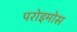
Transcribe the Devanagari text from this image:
परोइमोस